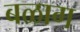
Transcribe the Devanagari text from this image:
बळाग